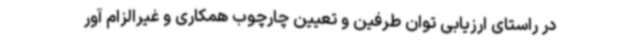
در راستای ارزیابی توان طرفین و تعیین چارچوب همکاری و غیرالزام آور